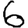
Digit: 6